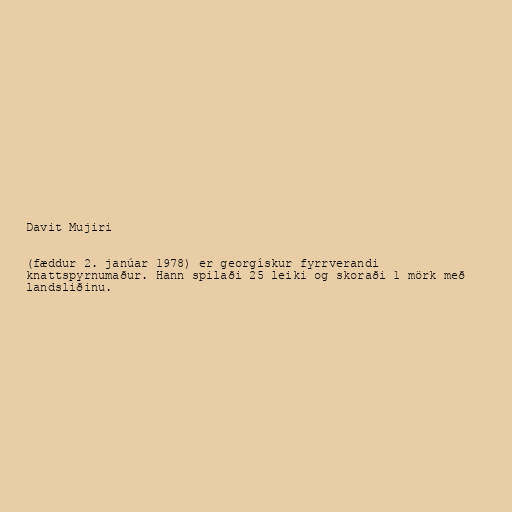
Davit Mujiri

(fæddur 2. janúar 1978) er georgískur fyrrverandi
knattspyrnumaður. Hann spilaði 25 leiki og skoraði 1 mörk með
landsliðinu.